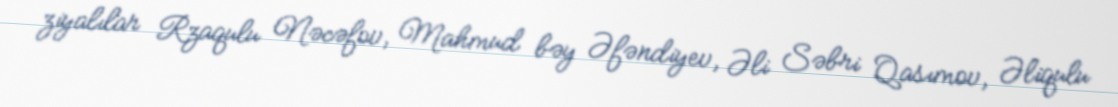
ziyalılar Rzaqulu Nəcəfov, Mahmud bəy Əfəndiyev, Əli Səbri Qasımov, Əliqulu